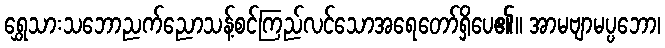
ရွှေသားသဘောညက်ညောသန့်စင်ကြည်လင်သောအရေတော်ရှိပေ၏။ အာမဗျာမပ္ပဘော၊